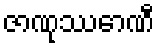
ဇာဏုဿောဏီ